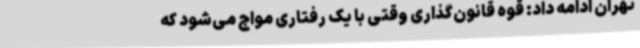
تهران ادامه داد: قوه قانون‌گذاری وقتی با یک رفتاری مواج می‌شود که